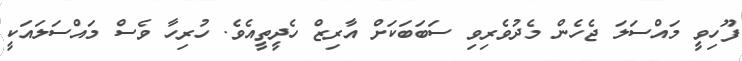
ފޫހިވީ މައްސަލަ ޖެހެން މެދުވެރިވި ސަބަބަކަށް އާރިޒް ހެދީތީއެވެ. ހުރިހާ ވެސް މައްސަލައަކީ